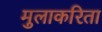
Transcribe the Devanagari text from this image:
मुलाकरिता